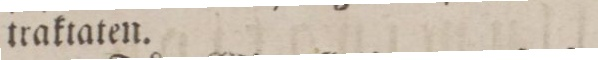
traktaten.